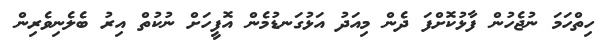
ހިތްހަމަ ނުޖެހުން ފާޅުކޮށްފަ ދެން މިއަދު އަޅުގަނޑުމެން އޮފީހަށް ނުކުތް އިރު ބެލެނިވެރިން